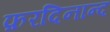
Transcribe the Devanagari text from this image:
फ़रदिनान्द